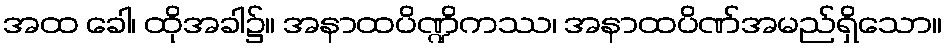
အထ ခေါ၊ ထိုအခါ၌။ အနာထပိဏ္ဍိကဿ၊ အနာထပိဏ်အမည်ရှိသော။